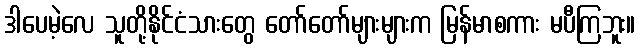
ဒါပေမဲ့လေ သူတို့နိုင်ငံသားတွေ တော်တော်များများက မြန်မာစကား မပီကြဘူး။